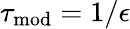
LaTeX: \tau_{\mathrm{mod}}=1/\epsilon